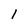
Character: 1